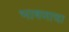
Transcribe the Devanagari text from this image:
भाषणाचा